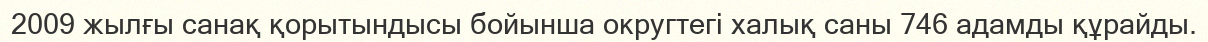
2009 жылғы санақ қорытындысы бойынша округтегі халық саны 746 адамды құрайды.